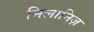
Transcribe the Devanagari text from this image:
मिलानिज़